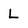
Character: L